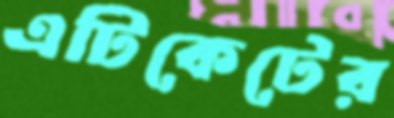
এটিকেটের